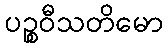
ပဉ္စဝီသတိမော